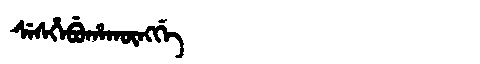
Manchu: ᠰᡝᠰᡥᡝᠪᡠᡥᠠᡴᡡᠩᡤᡝ
Romanization: SESHEBUHAKŪNGGE